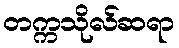
တက္ကသိုလ်ဆရာ